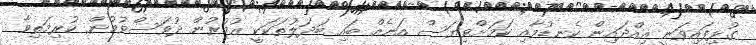
ގުޅިފައިވަނީ އިއްދައިން ކެނޑުމާއި ކަމަށްވިޔަސް އަނެއް ބައި ބަދަލުތަކަކީ އުމުރުން ދުވަސްވުމުން ކުރިމަތިވާ